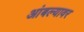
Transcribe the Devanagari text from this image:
आंबल्यावर